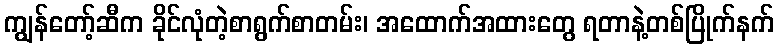
ကျွန်တော့်ဆီက ခိုင်လုံတဲ့စာရွက်စာတမ်း၊ အထောက်အထားတွေ ရတာနဲ့တစ်ပြိုက်နက်